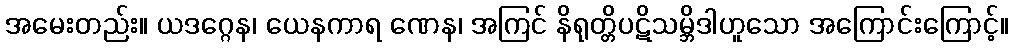
အမေးတည်း။ ယဒဂ္ဂေန၊ ယေနကာရ ဏေန၊ အကြင် နိရုတ္တိပဋိသမ္ဘိဒါဟူသော အကြောင်းကြောင့်။